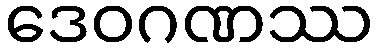
ဒေဝဂဏဿ